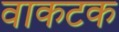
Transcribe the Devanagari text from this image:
वाकटक